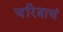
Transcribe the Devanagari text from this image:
चरित्राचं